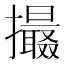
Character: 𢸶